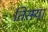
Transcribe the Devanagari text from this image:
तिसर्‍र्‍या